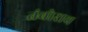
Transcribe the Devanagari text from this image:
तंबोराच